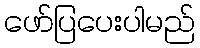
ဖော်ပြပေးပါမည်